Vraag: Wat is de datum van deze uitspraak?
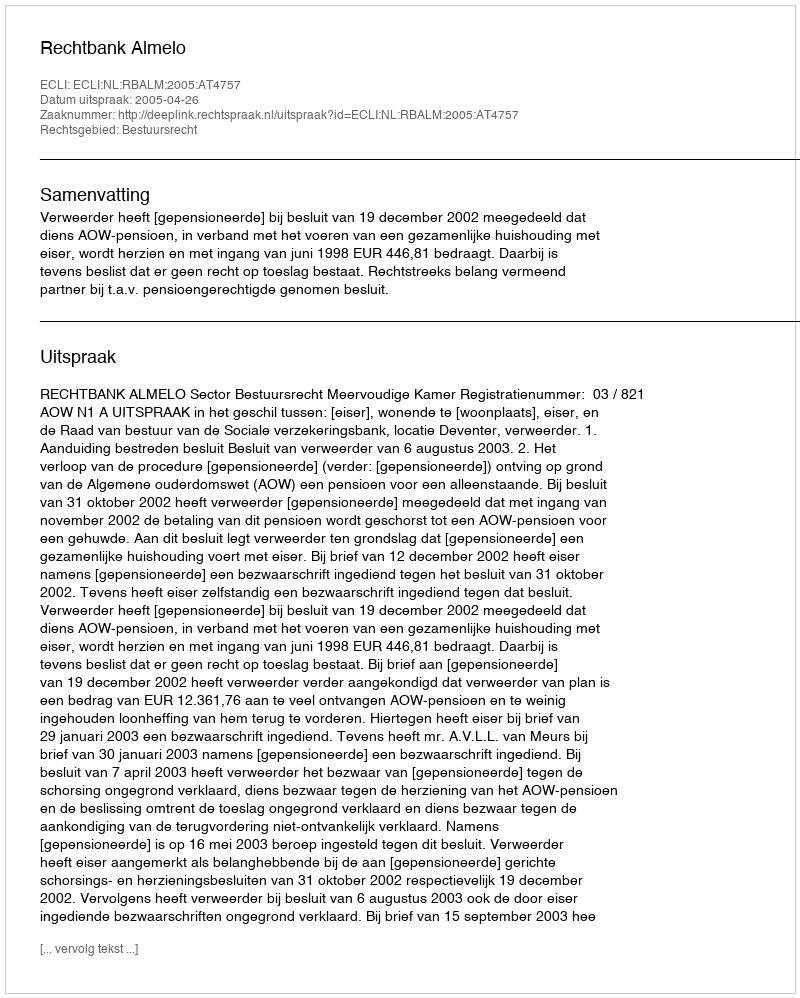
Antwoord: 2005-04-26